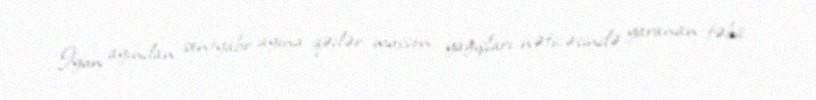
İyun ayından sentyabr ayına qədər musson yağışları nəticəsində yaranan təbii